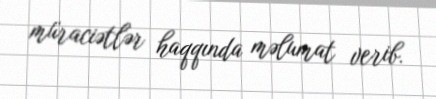
müraciətlər haqqında məlumat verib.